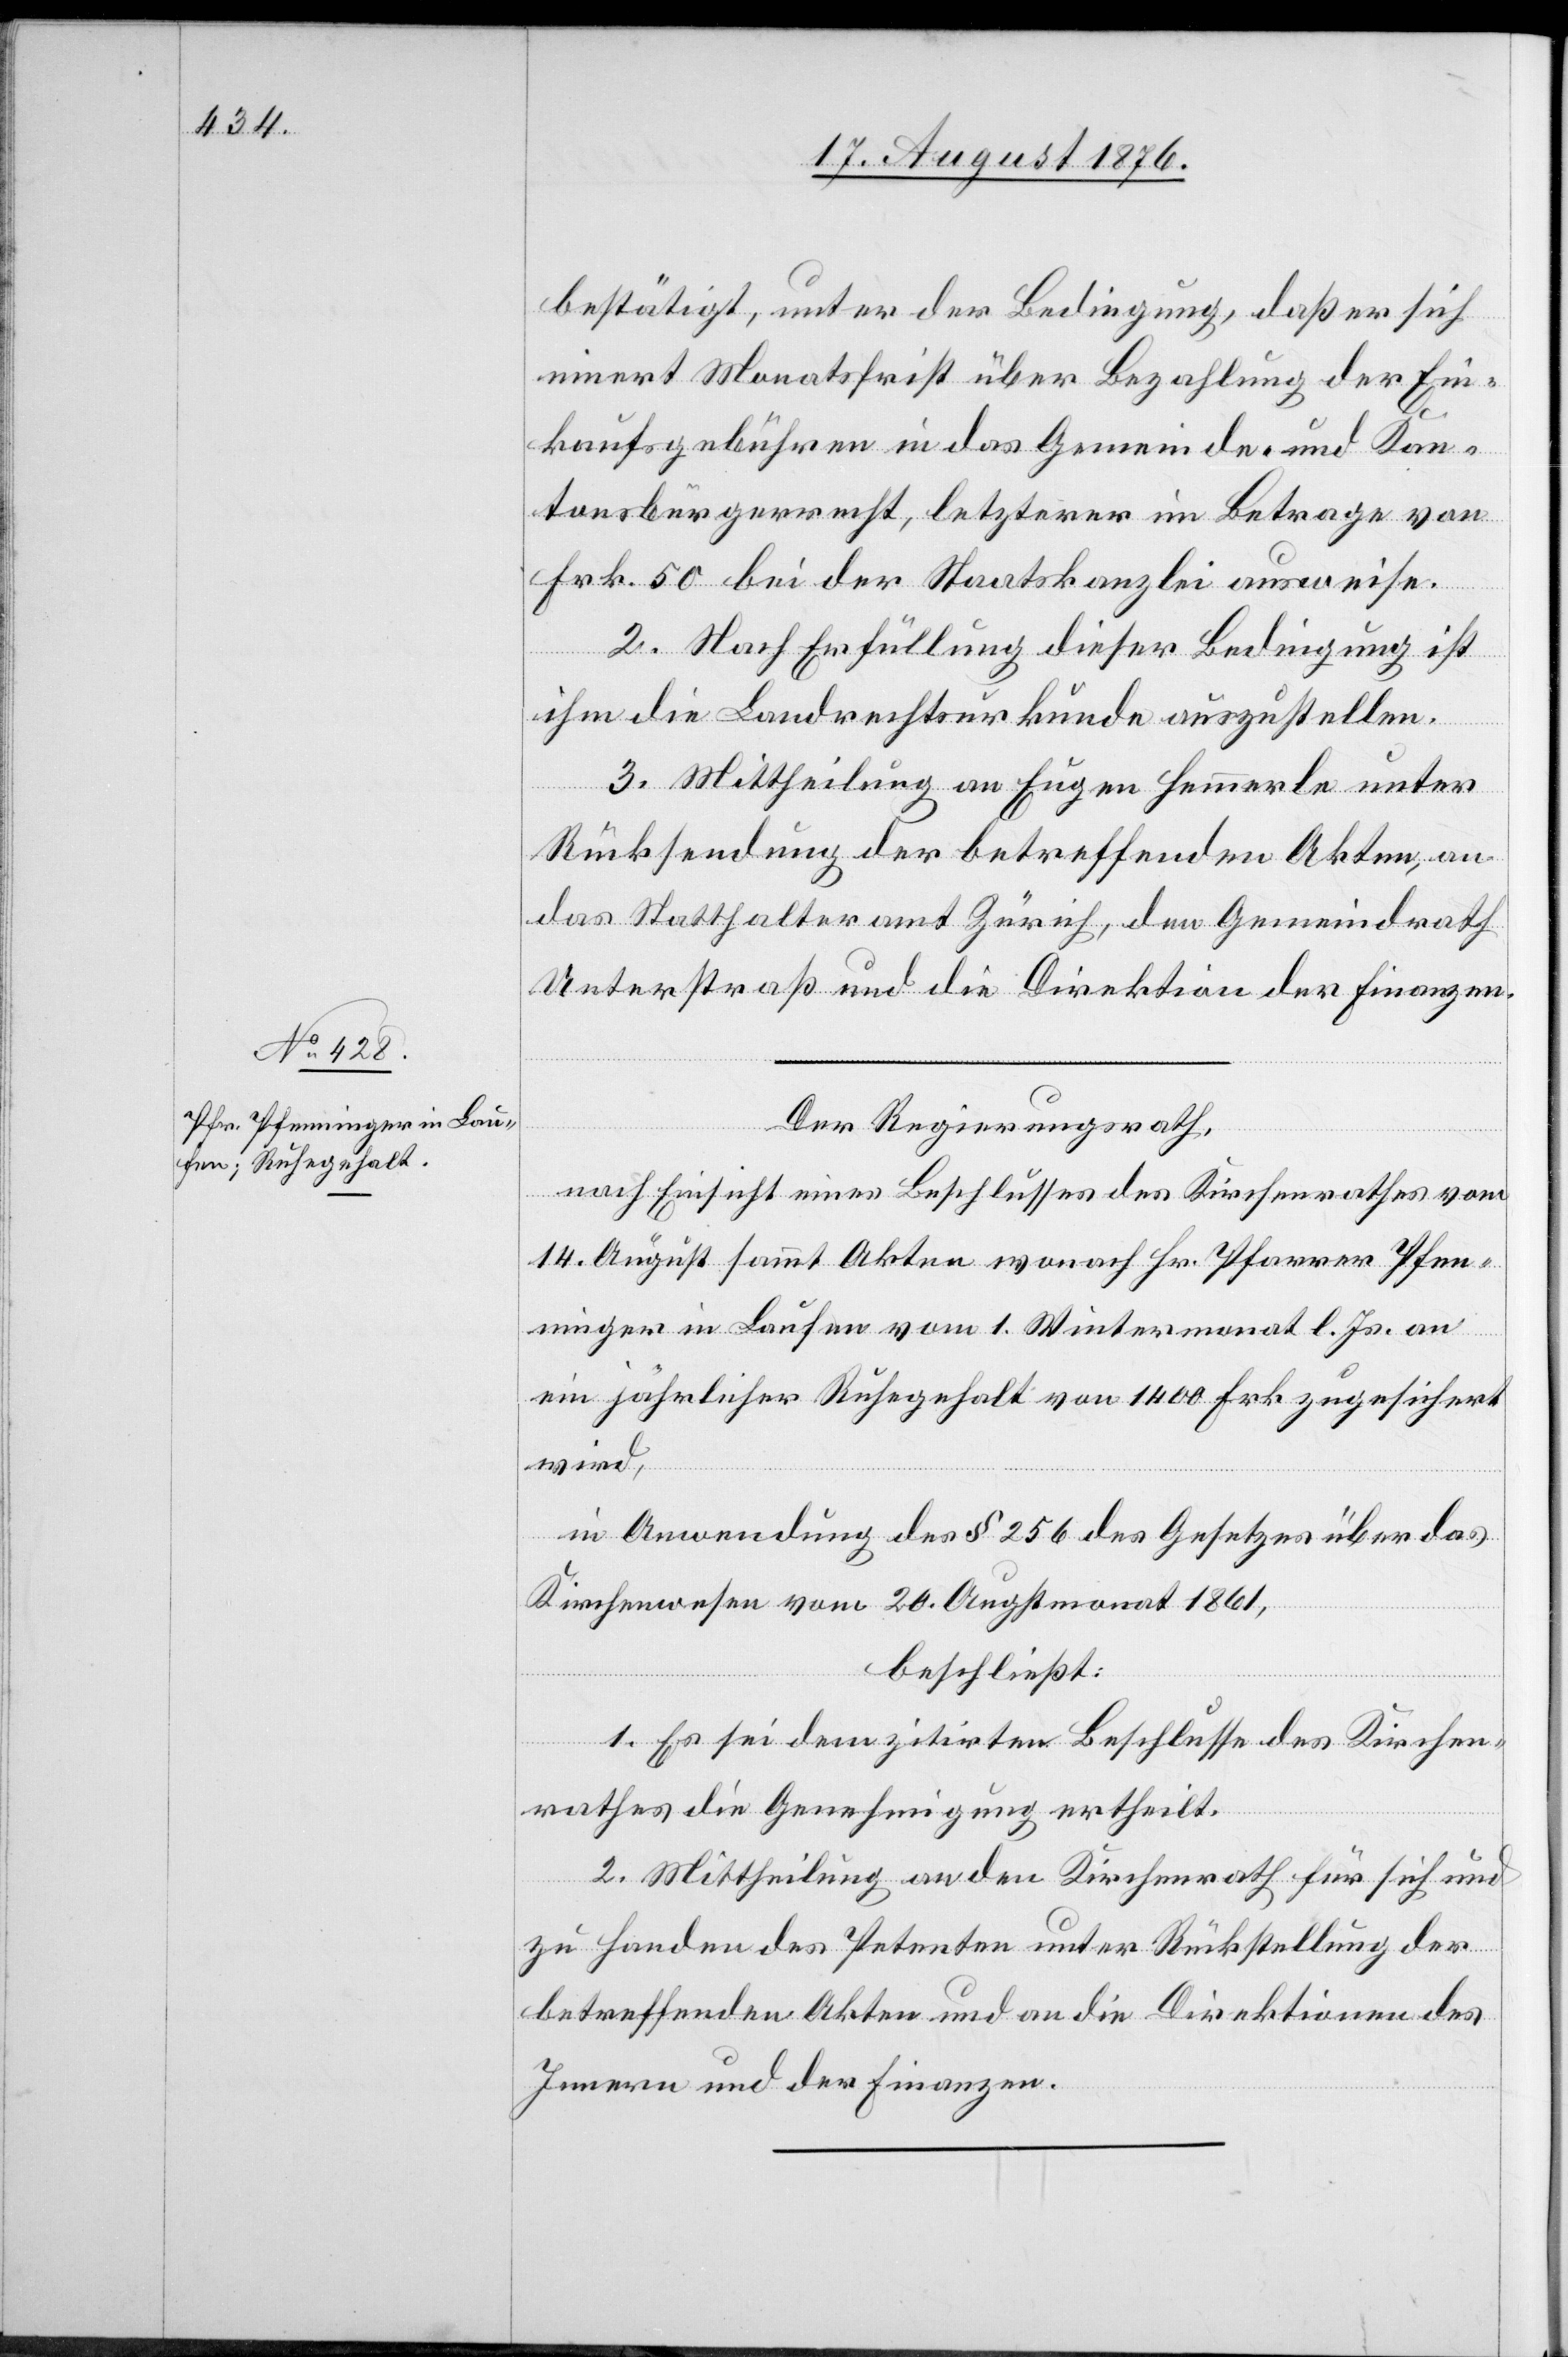
bestätigt, unter der Bedingung, daß er sich
innert Monatsfrist über Bezahlung der Ein¬
kaufsgebühren in das Gemeinde- und Kan¬
tonsbürgerrecht, letzterer im Betrage von
Frk. 50 bei der Staatskanzlei ausweise.
2. Nach Erfüllung dieser Pflicht ist
ihm die Landrechtsurkunde auszustellen.
3. Mittheilung an Eugen Hemmerle unter
Rücksendung der betreffenden Akten, an
das Statthalteramt Zürich, den Gemeindrath
Unterstraß und die Direktion der Finanzen.
Der Regierungsrath,
nach Einsicht eines Beschlusses des Kirchenrathes vom
14. August sammt Akten wonach Hr. Pfarrer Pfen¬
ninger in Laufen vom 1. Wintermonat l. Js. an
ein jährlicher Ruhegehalt von 1400 Frk. zugesichert
wird,
in Anwendung des § 256 des Gesetzes über das
Kirchenwesen vom 20. Augstmonat 1861,
beschließt:
1. Es sei dem zitirten Beschlusse des Kirchen¬
rathes die Genehmigung ertheilt.
2. Mittheilung an den Kirchenrath für sich und
zu Handen des Petenten unter Rückstellung der
betreffenden Akten und an die Direktionen des
Innern und der Finanzen.